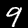
Label: 9